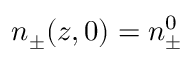
n _ { \pm } ( z , 0 ) = n _ { \pm } ^ { 0 }